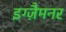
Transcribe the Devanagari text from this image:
इग्ज़ैमनर